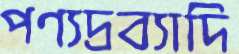
পণ্যদ্রব্যাদি